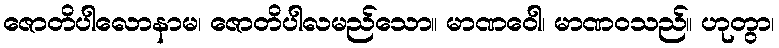
ဇောတိပါလောနာမ၊ ဇောတိပါလမည်သော။ မာဏဝေါ၊ မာဏဝသည်။ ဟုတွာ၊